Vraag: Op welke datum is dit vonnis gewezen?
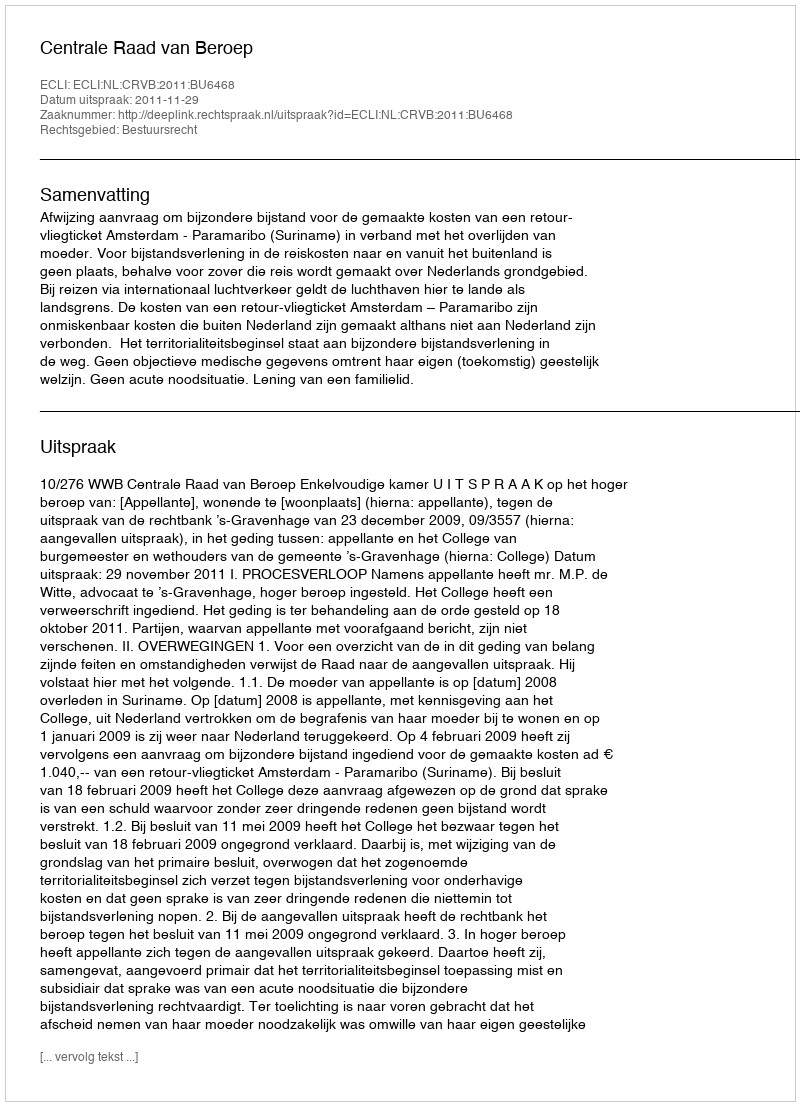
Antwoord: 2011-11-29